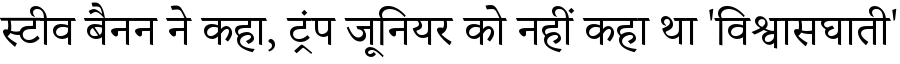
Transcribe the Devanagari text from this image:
स्टीव बैनन ने कहा, ट्रंप जूनियर को नहीं कहा था 'विश्वासघाती'